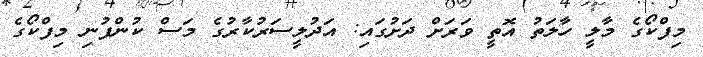
މިފްކޯގެ މާލީ ހާލަތު އޮތީ ވަރަށް ދަށުގައި: އަދުލީސަރުކާރުގެ މަސް ކުންފުނި މިފްކޯގެ